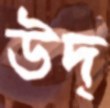
উদ্